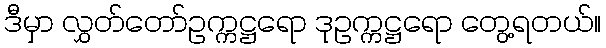
ဒီမှာ လွှတ်တော်ဥက္ကဋ္ဌရော ဒုဥက္ကဋ္ဌရော တွေ့ရတယ်။